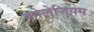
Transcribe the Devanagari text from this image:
कोलेजियम